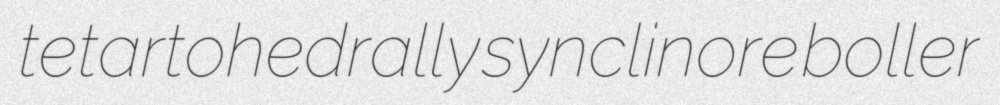
tetartohedrally synclinore boller